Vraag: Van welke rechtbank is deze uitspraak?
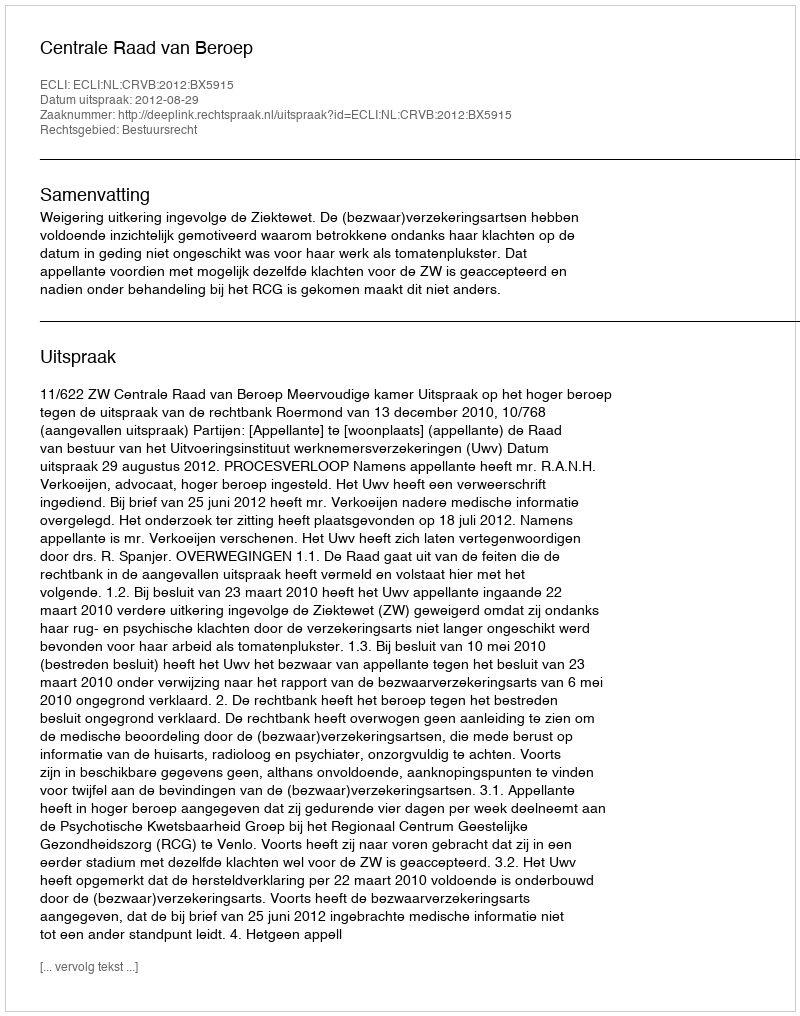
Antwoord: Centrale Raad van Beroep